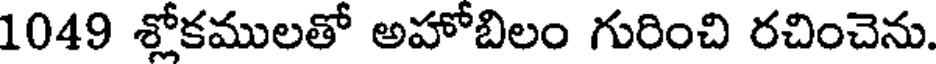
1049 శ్లోకములతో అహోబిలం గురించి రచించెను.